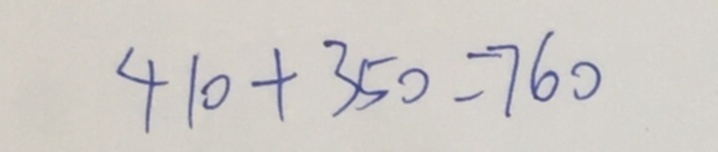
4 1 0 + 3 5 0 = 7 6 0